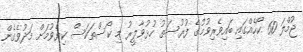
ޖުމްލަ 60 ކޯހެއްގައި ބައިވެރިވުމުގެ ފުރުސަތު ހުޅުވާލީރު މި ކޯސްތަކަސް ކިޔެވުމަށް މަދުވެގެން